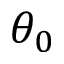
\theta _ { 0 }